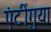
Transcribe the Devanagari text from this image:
एंटींगुया